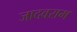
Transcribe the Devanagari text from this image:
जादवराम